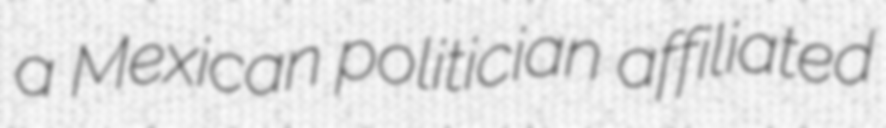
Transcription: a Mexican politician affiliated